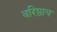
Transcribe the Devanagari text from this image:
वरिष्ठाय